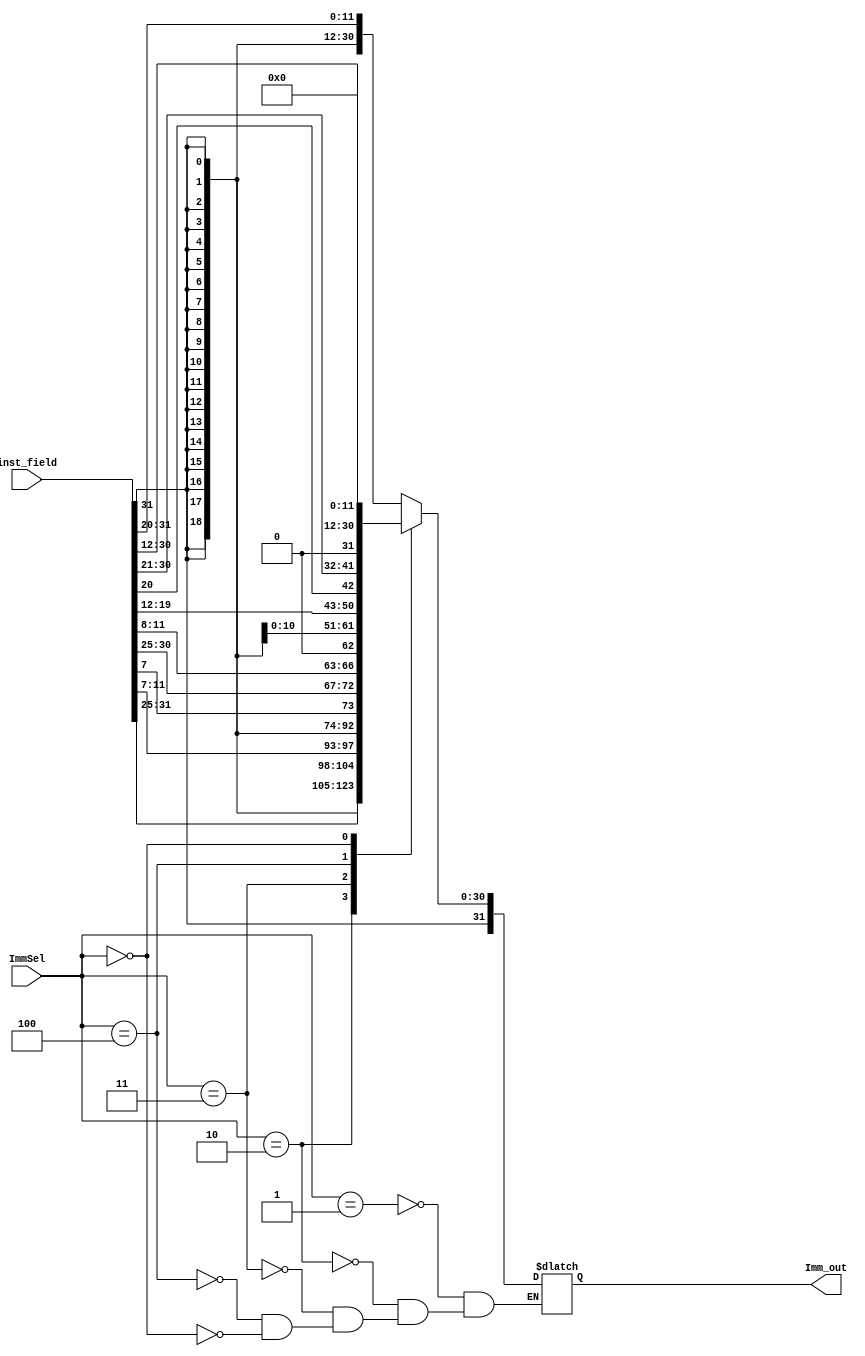
module ImmGen(
    input[2:0] ImmSel,
    input[31:0] inst_field,
    output reg[31:0] Imm_out
    );
    
    always@* begin
        case(ImmSel)
            3'b001:Imm_out={{21{inst_field[31]}},{inst_field[30:20]}};
            3'b010:Imm_out={{21{inst_field[31]}},{inst_field[30:25]},{inst_field[11:7]}};
            3'b011:Imm_out={{20{inst_field[31]}},inst_field[7],{inst_field[30:25]},{inst_field[11:8]},1'b0};
            3'b100:Imm_out={{12{inst_field[31]}},{inst_field[19:12]},inst_field[20],{inst_field[30:21]},1'b0};
            3'b000:Imm_out={{inst_field[31:12]},12'h000};
        endcase
    end
endmodule